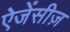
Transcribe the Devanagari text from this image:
ऐजेंसीज़